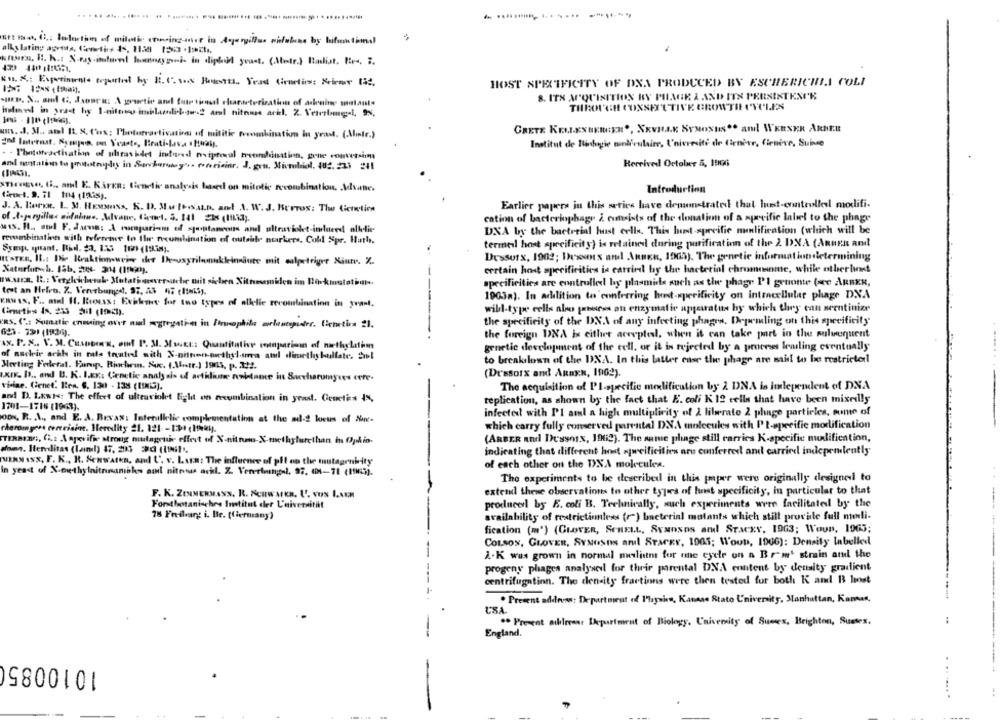
. ................... ......
urto, 6 :,, bolection of miloti coming-not in Agerillas sidubas by hifunctional
KI. K .: Experimente teported by B. C.s. Resta ,, Yead Girnetirs: Krirer tid,
HOST SPECIFICITY OF DNA PRODUCED BY ESCHERICHIA COLI
8. ITX ACQUISITION BY PHAGE 2 AND ITS PERSISTESOR
THROUGH COXSETTTIVE GROWTH CYCLES
GRETE KELLXSBERGER ., XxVILAK SYNONHIS .. andl WERSKR ARNER
uns. . J. M ., aml It. X. Cos: Phototvactivation of militie fecombination In yeast. (Alstr.)
anf Internat. Sympas. on Yeasts, Bratislava . Huai.
Institut de Bilgie mellrulaire, I'nivresite de Crnitr, Genève, Suisse
. - Phototeactivation of uhrashdet inforest niptecal tronddostion, gene convetsimm
Received October 5, 19106
nie, G ., and E. KAFKR: tieneliv analysis based on mitotic rocombination. Advane.
Introduction
(ieoct. 9. 71 1014 (1235).
J. A. Boron. L. M. HEMMoss, K. D. Mwthisain, and A. W.J. Berros: The Geneticn
Earlier papers ju this series have demonstrated that hut-controlled modifi-
cation of bacteriophage & cuttsists of the donation of a specific label to the phage
wis. Il ., sul F. Jarvis: A comparison of spontaneous and ultraviolet-induced allelie
DXA by the bacterial hust cells. This host-specific nunlification (which will be
rewebination with reference to Ilir ncombination of outside nurkers. Coll Spr. Hurh.
termel host specificity) is retained during purification of the 2. DNA (Annen and
näute mit salpetriger Xinte. X.
Dessusx, 1902; Dessous and Annen, 1905). The genetic informationdetermining
Naturfareb. 15b. 204- 2014 (1990).
certain host specificities is carried by the bacterial chromosome, while otherlist
w.sara. R .: Vergleichetul Mutatigaversuche mit sichen Xithesesiden im Backmutathun.
specificities are controlled by plasmide such as the phage PI gruonte (ære ARBER,
tost an Heiro. 7. Vererbungd, 97, 23 47 (links).
1903a). In addition to conferring host-specificity on intracellular phage DNA
KRU IS, F .. mul It. Rouss: Exhoe for two types of allelie recombination in yranl.
wild-type cells ale peers an enzymatic apparatus by which they can seentinier
RS. (": Aumatic coming out and segregation in Piusophile erlesgider. Genetica :).
the specificity of the DNA of any infecting phages. Depemling on this specificity
the foreign DNA is either accepted. when it can take part in the sulwoquent
Ax. P. X .. V. M. CasoDe', ont P. M. Matt: Quantitative comparison of nathylatim
genetic development of the cell. or it is rejected by a process leuling eventually
of nackie achh in mls touted with X-aitnon-orethyl.uma atd dimethy bullate. Sol
to breakilown of the DNA. In this latter case the phage are said to be restricted
Meeting Federal. Europ, Richem. A. (.Att.) I95, p. 212.
(Drssorx and AnaxN, 1962).
LIK. D ., and B. K. I.Ex: Genetic analysis of arthliune noktance in Saccharomyces cere-
visiae. Cenet' Ien. 6. 130 - 138 (MIS).
The acquisition of Il-specific modification by 2 DNA is independent of DNA
and D. LEnts: The effect of ultraviolet Eight on recombination in yeast. Genetics I%,
replication, as shown by the fact that E. coli K 12 cells that have been mixedlly
1701-1716 (1963).
infected with Pl aml a high multiplicity of 2 liberato 2 phage particles, some of
oDN, R. A ., and E. A. Brvas: Intenillelic complementation at the ad-2 locus of Ne-
which carry fully conserved parental DNA molecules with PL-specific modification
cherom geen tertrisine. Heredity 21. 121 - 1:3 ( 19ky).
STERBIN :, (.2 .A aperifa strong mutagenthe effect of X-nituno-X-methylurethan in Ophio-
(ARBER And DUssosx, 1963). The same phage still carries K-specific modification,
down. Itereditas (land) 87, 23 20 (11Ni !..
indicating that different host apreificities are conferred and carried independently
ny osx, F. K ., R. Senwatkn, and C'. v. Lara: The influence of pfl on the mutagenhity
of each other on the DNA molecules.
in yeast of X-ethylnitnnamiks oml nitras achl. Z. Ven-rimngs), 97. 6-71 (1MLN).
The experiments to be described in this paper were originally designed to
extend these observations to other types of host specificity, in particular to that
F. K. ZENNERMANN. R. KenWATKR. U. VON LAEM
Forsthotanisches Institut der L'aiversität
producerl by E. coli B. Technically, such experiments were facilitated by the
78 Freiburg i. Ile. (Germany)
availability of restrictionless (r) bacterial motants which stilt provide full meli-
fication (m') (GLOVER, SCHELL, SvaOsos and Stacxy, 1963; Woun, 1963;
COLSON, GLOVER, SYNOSDS andl StarKY, 1005; W'out, 190G): Density labelled
1.K was grown in normal melism for ne eyer on a Brow' strain and the
progeny phages analysel for their parental DNA content by density gradient
centrifugation. The density fractions were then tested for both K and B host
. Present address: Department of Physics, Kanase Stato University, Manhattan, Kansas,
** Present atiresar Department of Biology, University of Sunex, Brighton, Suetes.
England.
1010085